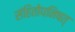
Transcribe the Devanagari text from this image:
संहितोपनिषत्